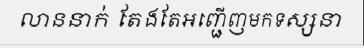
លាននាក់ តែងតែអញ្ជើញមកទស្សនា